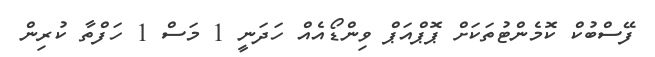
ފޭސްބުކް ކޮމެންޓުތަކަށް ޕޮޕްއަޕް ވިންޑޯއެއް ހަދަނީ 1 މަސް 1 ހަފްތާ ކުރިން